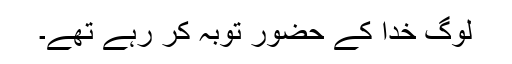
لوگ خدا کے حضور توبہ کر رہے تھے۔